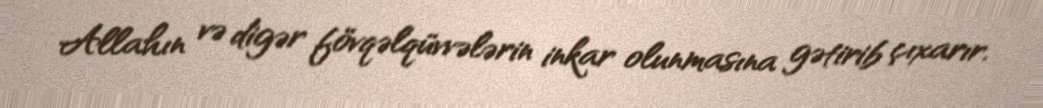
Allahın və digər fövqəlqüvvələrin inkar olunmasına gətirib çıxarır.